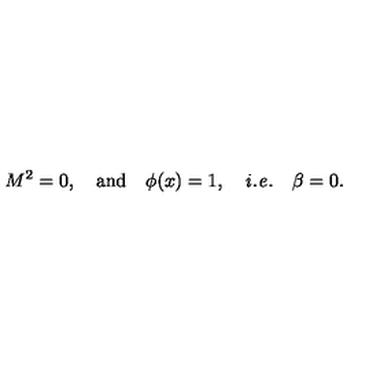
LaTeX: M ^ { 2 } = 0 , \quad \mathrm { a n d } \quad \phi ( x ) = 1 , \quad \mathrm { { \it i . e . } } \quad \beta = 0 .